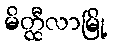
မိတ္ထီလာမြို့